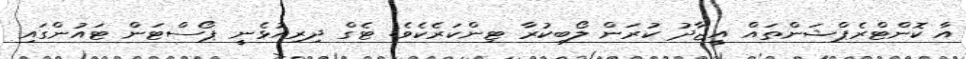
އާ ކޮންޓްރެޕްޝަންތައް އީޖާދު ކުރަން ލޯބިކުރާ ޓިންކަރެކެވެ. ޓެގް ދިރިއުޅެނީ ޕޯސްޓަން ޓައުންގައި